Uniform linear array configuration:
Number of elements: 24
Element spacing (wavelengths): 0.75
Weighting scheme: uniform
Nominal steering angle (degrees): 15
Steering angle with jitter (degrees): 13.563
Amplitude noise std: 0.05
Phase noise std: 0.05

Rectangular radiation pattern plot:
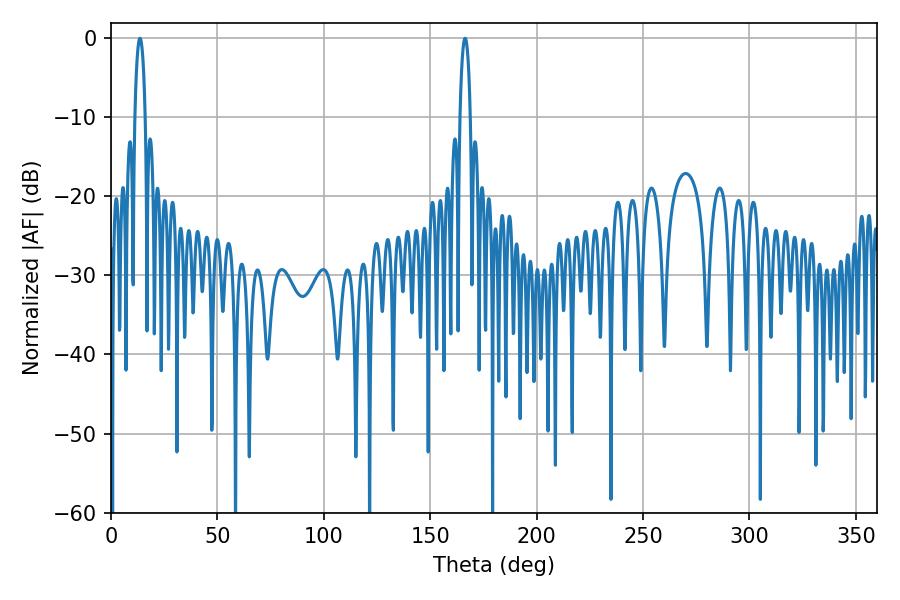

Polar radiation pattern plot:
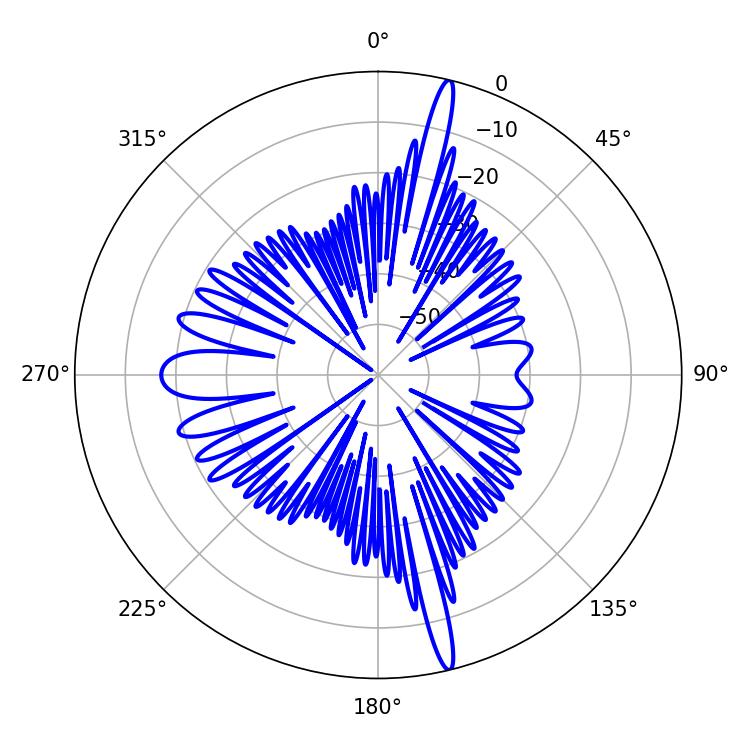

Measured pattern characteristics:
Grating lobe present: TRUE
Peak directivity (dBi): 20.152
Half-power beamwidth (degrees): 2.7
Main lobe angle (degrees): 166.32